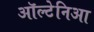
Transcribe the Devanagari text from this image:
ऑल्टेनिआ